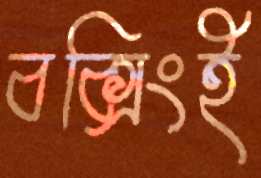
বক্সিংই